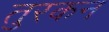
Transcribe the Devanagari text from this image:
तुरकन